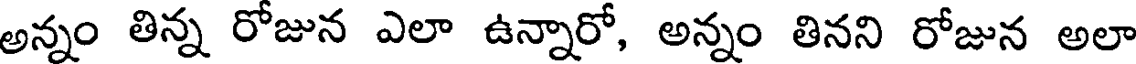
అన్నం తిన్న రోజున ఎలా ఉన్నారో, అన్నం తినని రోజున అలా